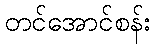
တင်အောင်စန်း